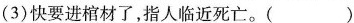
（3)快要进棺材了，指人临近死亡。( )